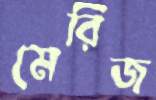
মেরিজ